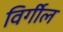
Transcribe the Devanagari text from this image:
विर्गील